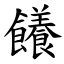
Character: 䭥